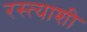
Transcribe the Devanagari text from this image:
रस्त्याशी